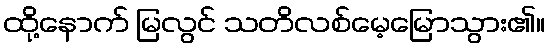
ထို့နောက် မြလွင် သတိလစ်မေ့မြောသွား၏။